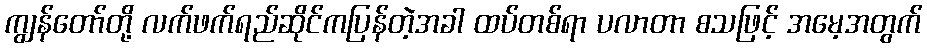
ကျွန်တော်တို့ လက်ဖက်ရည်ဆိုင်ကပြန်တဲ့အခါ ထပ်တစ်ရာ ပလာတာ စသဖြင့် အမေ့အတွက်